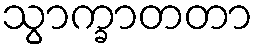
သွာက္ခာတတာ